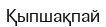
Қыпшақпай